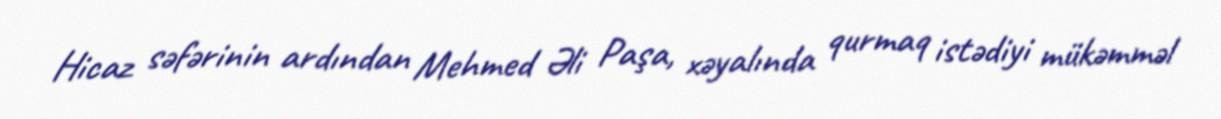
Hicaz səfərinin ardından Mehmed Əli Paşa, xəyalında qurmaq istədiyi mükəmməl